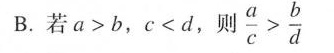
B.若$$a > b$$，$$c < d$$，则 $$\frac{a}{c} > \frac{b}{d}$$